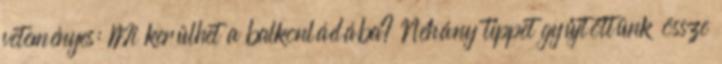
veteményes: Mi kerülhet a balkonládába? Néhány tippet gyűjtöttünk össze